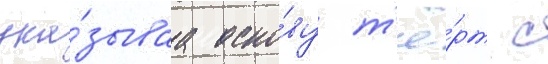
ука́зываа осно́ву т'ё́рт с